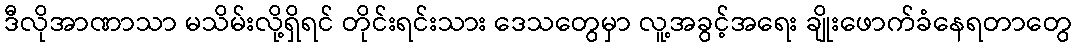
ဒီလိုအာဏာသာ မသိမ်းလို့ရှိရင် တိုင်းရင်းသား ဒေသတွေမှာ လူ့အခွင့်အရေး ချိုးဖောက်ခံနေရတာတွေ